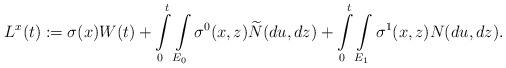
LaTeX: \begin{align*}L^{x}(t):=\sigma(x)W(t)+\int\limits _{0}^{t}\int\limits _{E_{0}}\sigma^{0}(x,z)\widetilde{N}(du,dz)+\int\limits _{0}^{t}\int\limits _{E_{1}}\sigma^{1}(x,z)N(du,dz).\end{align*}